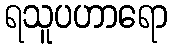
ရသူပဟာရော